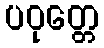
ပဝုတ္တေ